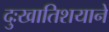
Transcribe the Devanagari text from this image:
दुःखातिशयाने